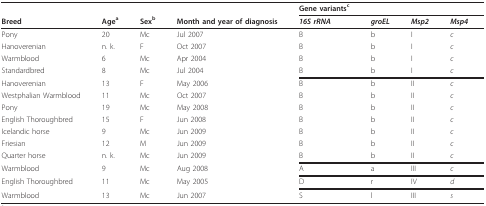
|  |  |  |  | Gene variantsc |  |  |  |
 | Breed | Agea | Sexb | Month and year of diagnosis | 16S rRNA | groEL | Msp2 | Msp4 |
 | --- | --- | --- | --- | --- | --- | --- | --- |
 | Pony | 20 | Mc | Jul 2007 | B | b | I | c |
 | Hanoverenian | n. k. | F | Oct 2007 | B | b | I | c |
 | Warmblood | 6 | Mc | Apr 2004 | B | b | I | c |
 | Standardbred | 8 | Mc | Jul 2004 | B | b | I | c |
 | Hanoverenian | 13 | F | May 2006 | B | b | II | c |
 | Westphalian Warmblood | 11 | Mc | Oct 2007 | B | b | II | c |
 | Pony | 19 | Mc | May 2008 | B | b | II | c |
 | English Thoroughbred | 15 | F | Jun 2008 | B | b | II | c |
 | Icelandic horse | 9 | Mc | Jun 2009 | B | b | II | c |
 | Friesian | 12 | M | Jun 2009 | B | b | II | c |
 | Quarter horse | n. k. | Mc | Jun 2009 | B | b | II | c |
 | Warmblood | 9 | Mc | Aug 2008 | A | a | III | c |
 | English Thoroughbred | 11 | Mc | May 2005 | D | r | IV | d |
 | Warmblood | 13 | Mc | Jun 2007 | S | l | III | s |